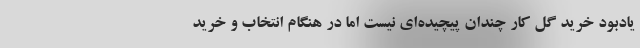
یادبود خرید گل کار چندان پیچیده‌ای نیست اما در هنگام انتخاب و خرید